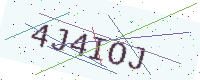
Text: 4J4IOJ